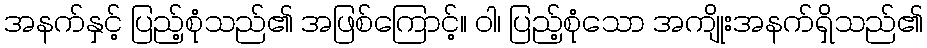
အနက်နှင့် ပြည့်စုံသည်၏ အဖြစ်ကြောင့်။ ဝါ၊ ပြည့်စုံသော အကျိုးအနက်ရှိသည်၏